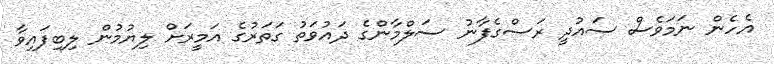
އެހެން ނަމަވެސް ސައުދީ ރަސްގެފާނު ސަލްމާންގެ ދައުވަތު ގަތަރުގެ އަމީރަށް ލިޔުމުން ލިބިފައިވާ